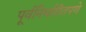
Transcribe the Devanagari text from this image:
पूर्वनिर्धारीतपणे